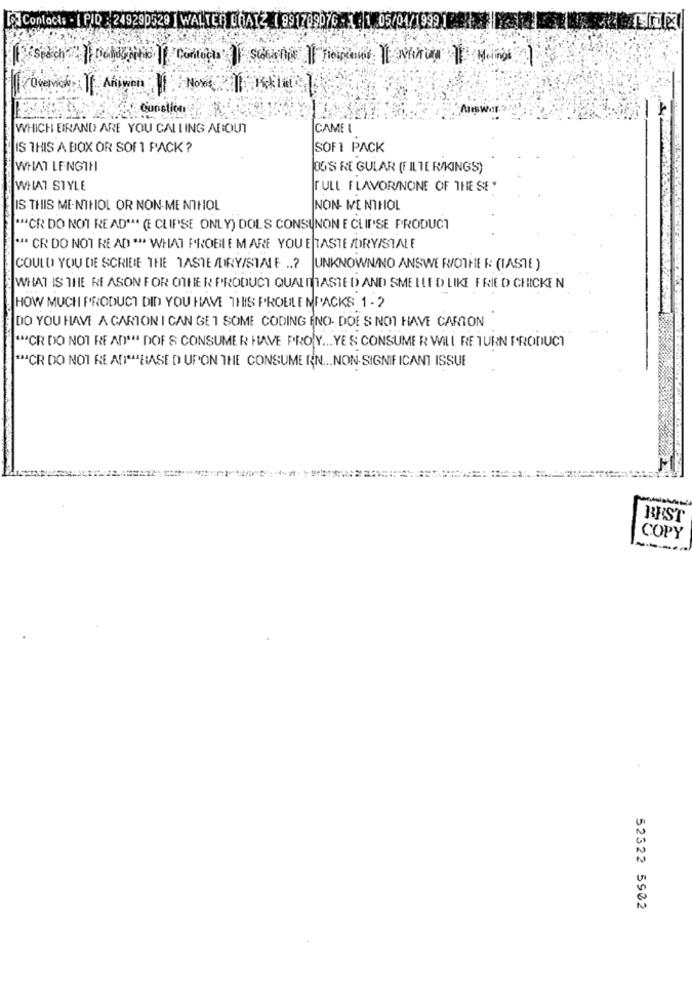
Contacts - [ PID : 249290529 | WALTER LOAYZ ( 991709076- 1.05/01/19991 ROK
WHICH BIRAND ARE YOU CALLING ABOUT
CAME L
IS THIS A BOX OR SOFI PACK ?
SOFI PACK
WHAT LENGTH
BO'S RE GULAR (FILTER/KINGS)
WHAT STYLE
TULL FLAVOR/NONE OF THE SE'
IS THIS MENTHOL OR NON-MENTHOL
NON- MENTHOL
"""CR DO NOT READ". (E CLIPSE ONLY) DOLS CONSUNON E CLIF'SE PRODUCT
"" CR DO NOT READ "" WHAT PROBLEM ARE YOU E TASTE /DRY/STALE
COULD YOU DE SCRIBE THE TASTE /DRY/STALE ..? |UNKNOWN/NO ANSWEROTHER: (IASTE )
WHAT IS THE REASON FOR OTHER PRODUCT QUALMASTED AND SMELLED LIKE FRIED CHICKEN
HOW MUCH PRODUCT DID YOU HAVE THIS PROBLEMPACKS 1-2
DO YOU HAVE A CARTON I CAN GE 1 SOME CODING (NO- DOES NOT HAVE CAMION
"CR DO NOT READ" DOF S CONSUMER HAVE PRO Y ... YES CONSUMER WILL RETURN PRODUCT
"ªCR DO NOT READ"BASED UPON THE CONSUME RN ... NON-SIGNIFICANT ISSUE
BEST
COPY
52322 5902